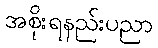
အစိုးရနည်းပညာ